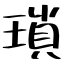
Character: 瑣